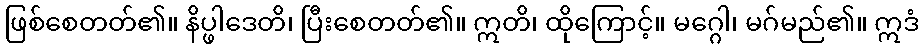
ဖြစ်စေတတ်၏။ နိပ္ဖါဒေတိ၊ ပြီးစေတတ်၏။ ဣတိ၊ ထိုကြောင့်။ မဂ္ဂေါ၊ မဂ်မည်၏။ ဣဒံ